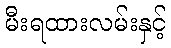
မီးရထားလမ်းနှင့်